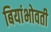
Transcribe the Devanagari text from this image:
बियांभोवती